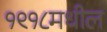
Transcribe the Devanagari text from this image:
१९१८मधील